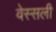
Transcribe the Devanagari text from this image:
वेस्सली